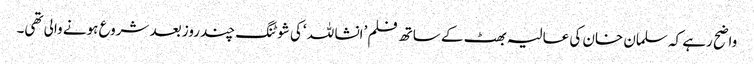
واضح رہے کہ سلمان خان کی عالیہ بھٹ کے ساتھ فلم ’انشا للہ ‘کی شوٹنگ چند روز بعد شروع ہونے والی تھی۔